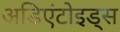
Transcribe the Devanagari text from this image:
अडिएंटोइड्स